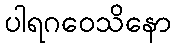
ပါရဂဝေသိနော